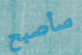
سأصبح